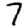
Digit: 7